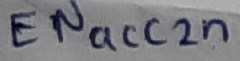
Text: ENacc2n